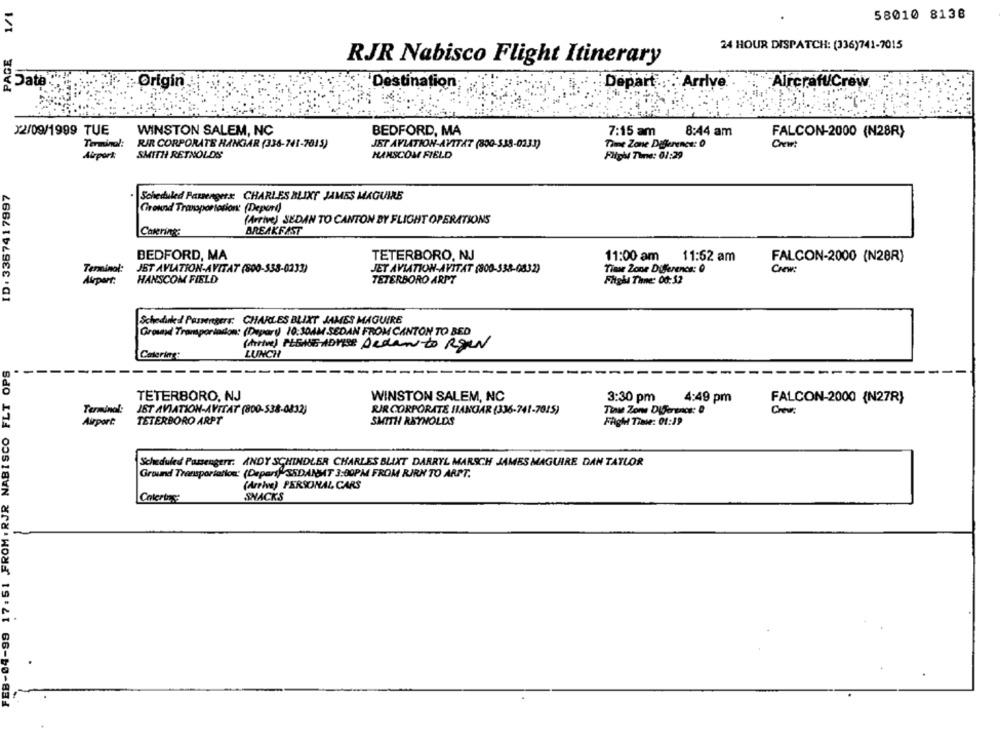
58010 8138
5
PAGE
24 HOUR DISPATCH: (336)741-7015
RJR Nabisco Flight Itinerary
Date
Origin.
."Destination;
Depart
Arrive
Aircraft/Crew
J2/09/1999 TUE
WINSTON SALEM, NC
BEDFORD, MA
7:15 am
8:44 am
FALCON-2000 (N28R)
Terminal:
RIR CORPORATE HANGAR (336-741-7015)
JET AVLATION-AVITAT (800-538-0231)
Time Zone Diference: 0
Airport
SMITH REYNOLDS
HANSCOM FIELD
Flight Time: 01:29
ID: 3367417997
Scheduled Passengers CHARLES BLIXT JAMES MAGUIRE
Chound Trasportotion (Deperl)
(Arrive) SEDAN TO CANTON BY FLIGHT OPERATIONS
Catering:
BREAKFAST
BEDFORD, MA
TETERBORO, NJ
11:00 am
11:52 am
FALCON-2000 (N28R)
JET AVIATION-AVITAT (800-338-0832)
Terminol:
JET AVLATION-AVITAT (800-538-0233)
Time Zone Diferencs: 0
Carw:
Airport:
HANSCOM FIELD
TETERBORO ARPT
Fitgha Thne: 00:32
Scheduled Passengers: CHARLES BLIXT JAMES MAGUIRE
Ground Transportation: (Depary) 10:30AM SEDAN FROM CANTON TO BED
(tive) PLEASE ADVISE Accanto Rgen
Catering:
LUNCH
17. 51 FROM . RJR NABISCO FLT OPS
TETERBORO, NJ
WINSTON SALEM, NC
3:30 pm
4:49 pm
FALCON-2000 {N27R}
JST AVIATION-AVITAT (800-538-0832)
Tina Zone Diference: 0
Terminal:
RIR CORPORATE HANGAR (336-741-7015)
Airport
TETERBORO ARPT
SMITH REYNOLDS
FAgh Tinte: 01:19
Scheduled Passengerr. ANDY SCHINDLER CHARLES BLIXT DARRYL MARSCH JAMES MAGUIRE DAN TAYLOR
Ground Transportation: (Deperi," SEDANMT 3:00PM FROM RIRN TO ARPT.
(Arrive) PERSONAL CARS
Cotertes:
SHACKS
FEB-04-99